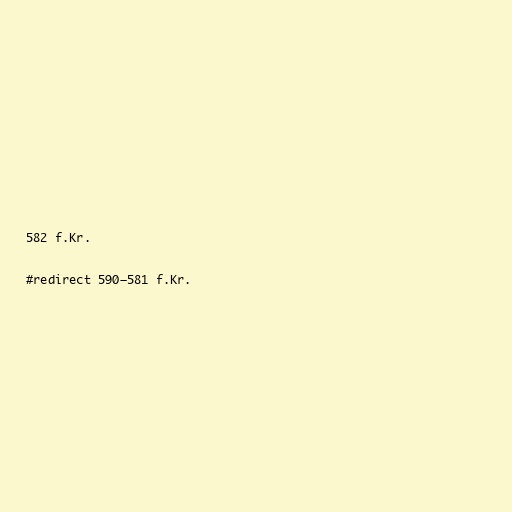
582 f.Kr.

#redirect 590–581 f.Kr.